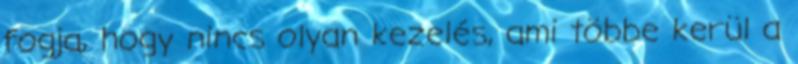
fogja, hogy nincs olyan kezelés, ami többe kerül a